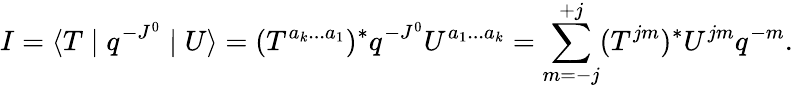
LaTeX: I=\langle T\mid q^{-J^{0}}\mid U\rangle=(T^{a_{k}...a_{1}})^{\ast}q^{-J^{0}}U^{a_{1}...a_{k}}=\sum_{m=-j}^{+j}(T^{jm})^{\ast}U^{jm}q^{-m}.